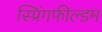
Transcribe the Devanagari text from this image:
स्प्रिंगफील्डम